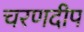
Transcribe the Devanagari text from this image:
चरणदीप